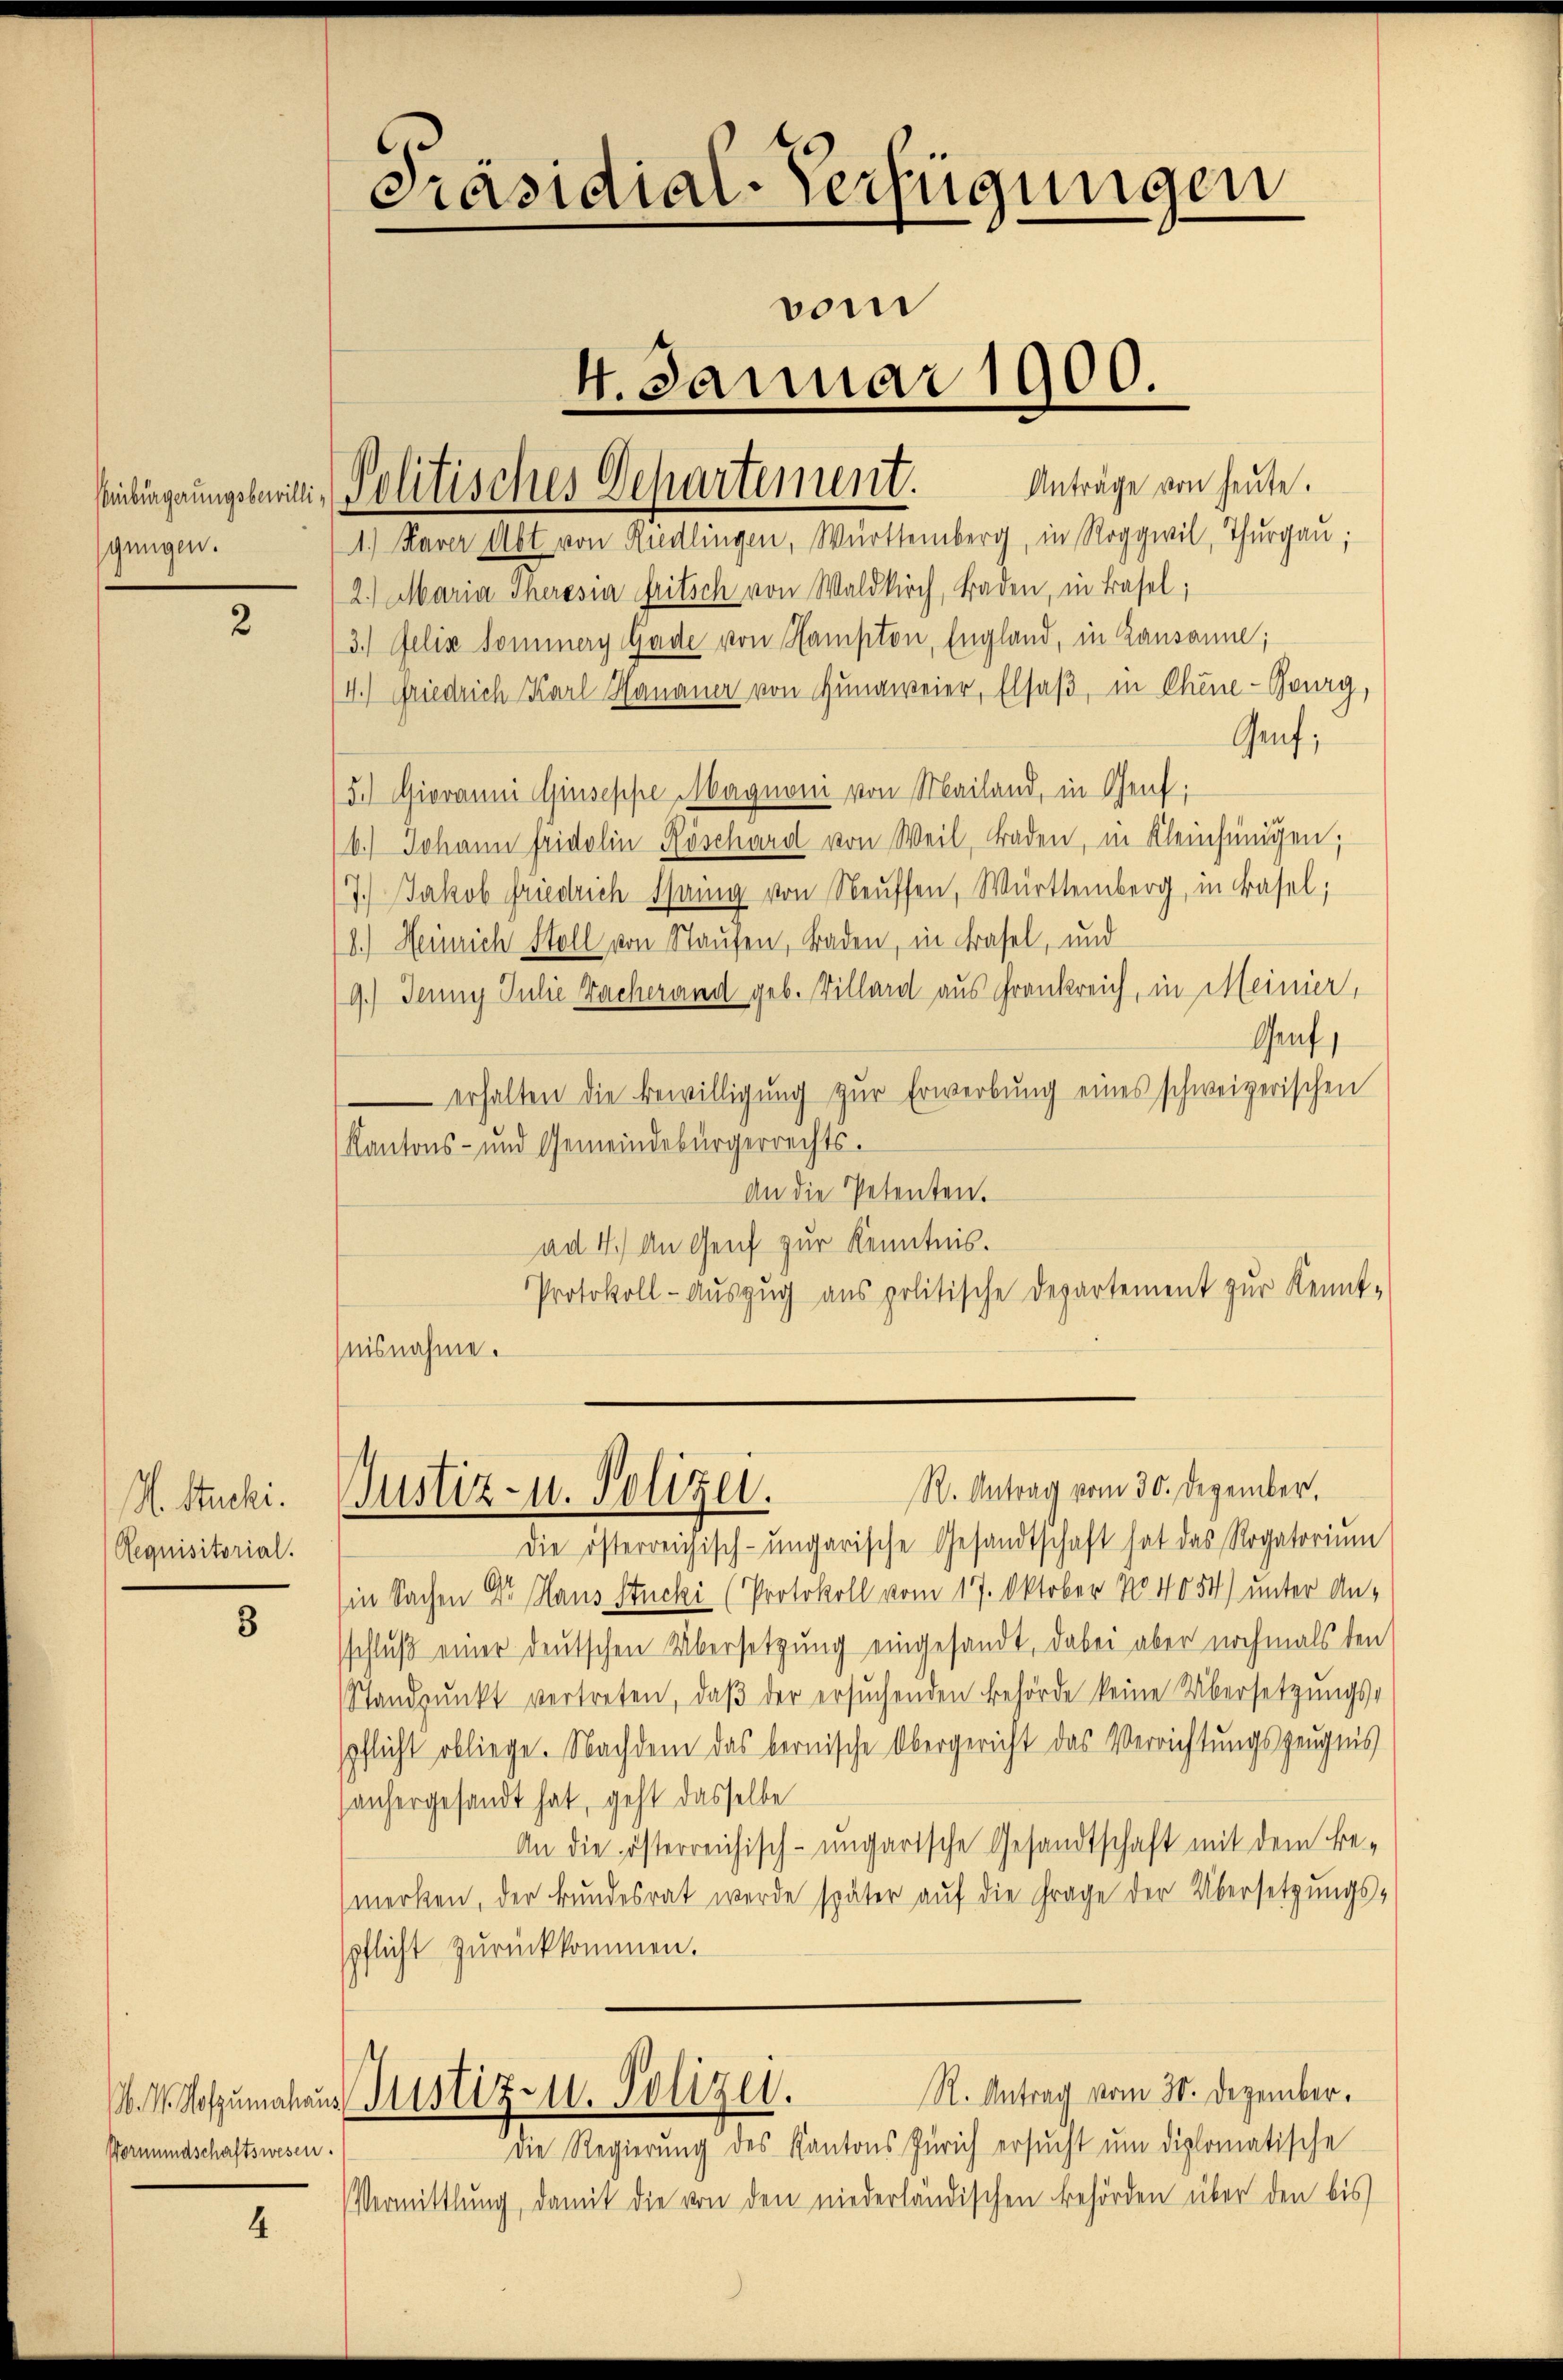
Einbürgerungsbewilli
gungen.

2

N. Stucki.
Requisitorial.

8

4

Präsidial-Verfügungen
vom
4. Januar 1900.
Anträge von heute.

1.) Raver Abt von Riedlingen, Württemberg, in Roggwil, Thurgau;
12.) Maria Theresia Tritsch von Waldkirch, Baden, in Basel;
3.) Felix Sommerg Gade von Hampton, England, in Lausanne;
4.) Friedrich Karl Hananer von Gunaweier, Elsaß, in Chine-Gourg,
Genf;
5.) Giovanni Giuseppe Magnoni von Mailand, in Genf;
6.) Johann Fridolin Röschard von Weil, Baden, in Kleinhängen;
7.) Jakob Friedrich Staing von Neuffen, Württemberg, in Basel;
18.) Heinrich Stoll von Staufen, Baden, in trafel, und
9.) Jenny Julie Wacherand geb. Villard aus Frankreich, in Meiner,
Genf,
 erhalten die Bewilligung zŭr Erwerbung eines schweizerischen
Kantons- und Gemeindebürgerrechts-
An die Petenten.
ad 4.) An Genf zur Kenntnis.
Protokoll-Auszug aus politische Departement zur Kennt-
nisnahme.

Vormundschaftswesen.

Politisches Departement.

R. Antrag vom 30. Dezember.
Justiz- u. Polizei.

Die österreichisch-ungarische Gesandtschaft hat das Rogatorium
Ein Sachen Dr. Haus Stucki (Protokoll vom 17. Oktober No. 4054) unter Anschluß einer deutschen Übersetzung eingesandt, dabei aber nochmals den
Standpŭnkt vertreten, daβ der ersŭchenden Behörde keine Übersetzungs-
pflicht obliege. Nachdem das bernische Obergericht das Verrichtungszeugnis
anhergesandt hat, geht dasselbe
An die österreichisch-ungartsche Gesandtschaft mit dem Be-
merken, der Bundesrat werde später auf die Frage der Übersetzungs-
pflicht zurückkommen.
R. Antrag vom 30. Dezember.
. M. Hotzumalhaus Justiz- u. Polizei.
Die Regierung des Kantons Zürich ersŭcht um diplomatische
Vermittlung, damit die von den niederländischen Behörden über den bis